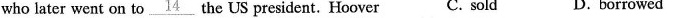
who later went on to \underline{14} the US president. Hoover C. sold D. borrowed